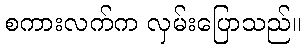
စကားလက်က လှမ်းပြောသည်။